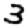
Digit: 3